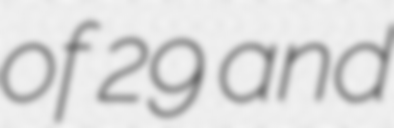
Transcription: of 29 and